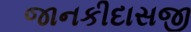
જાનકીદાસજી